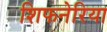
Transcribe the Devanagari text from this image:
शिफनेरिया